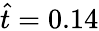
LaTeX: \hat{t}=0.14